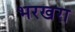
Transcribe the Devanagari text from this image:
भरखरा